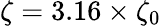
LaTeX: \zeta=3.16\times\zeta_{0}